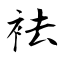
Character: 袪